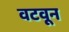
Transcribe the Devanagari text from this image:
वटवून